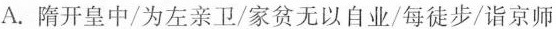
A.隋开皇中/为左亲卫/家贫无以自业/每徒步/诣京师